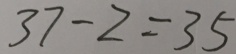
3 7 - 2 = 3 5